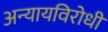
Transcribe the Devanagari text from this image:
अन्यायविरोधी